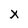
Character: x